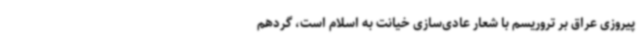
پیروزی عراق بر تروریسم با شعار عادی‌سازی خیانت به اسلام است، گردهم